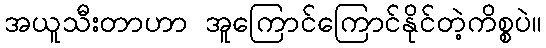
အယူသီးတာဟာ အူကြောင်ကြောင်နိုင်တဲ့ကိစ္စပဲ။